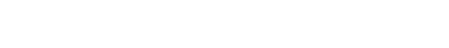
အဖြစ်ဖြင့်။ ပါဒဋ္ဌော၊ ပါဒဋ္ဌ မည်၏။ ပဒဋ္ဌောတိပိ၊ ဟူ၍လည်း။ ပါဌော၊ ၏။